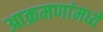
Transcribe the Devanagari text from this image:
आक्रमणांमध्ये